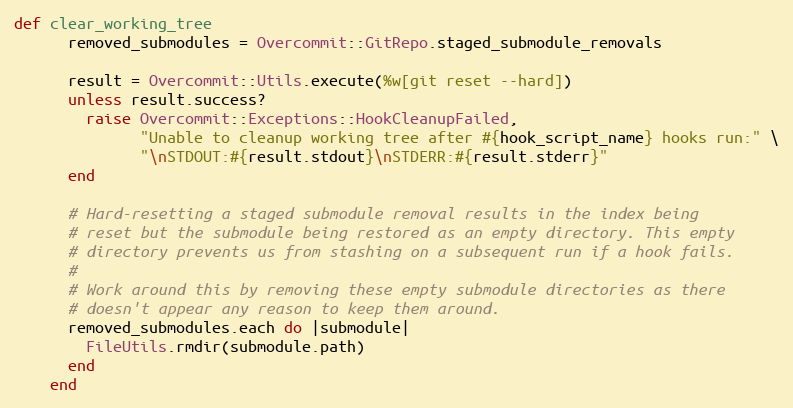
Language: Ruby
def clear_working_tree
      removed_submodules = Overcommit::GitRepo.staged_submodule_removals

      result = Overcommit::Utils.execute(%w[git reset --hard])
      unless result.success?
        raise Overcommit::Exceptions::HookCleanupFailed,
              "Unable to cleanup working tree after #{hook_script_name} hooks run:" \
              "\nSTDOUT:#{result.stdout}\nSTDERR:#{result.stderr}"
      end

      # Hard-resetting a staged submodule removal results in the index being
      # reset but the submodule being restored as an empty directory. This empty
      # directory prevents us from stashing on a subsequent run if a hook fails.
      #
      # Work around this by removing these empty submodule directories as there
      # doesn't appear any reason to keep them around.
      removed_submodules.each do |submodule|
        FileUtils.rmdir(submodule.path)
      end
    end